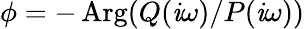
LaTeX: \phi=-\operatorname{Arg}(Q(\mathit{i}\omega)/P(\mathit{i}\omega))